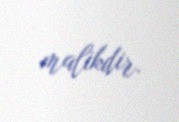
malikdir.